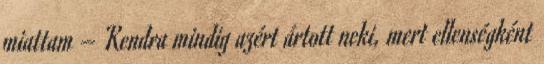
miattam – Kendra mindig azért ártott neki, mert ellenségként